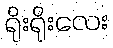
ရိုးရိုးလေး